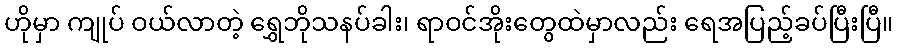
ဟိုမှာ ကျုပ် ဝယ်လာတဲ့ ရွှေဘိုသနပ်ခါး၊ ရာဝင်အိုးတွေထဲမှာလည်း ရေအပြည့်ခပ်ပြီးပြီ။